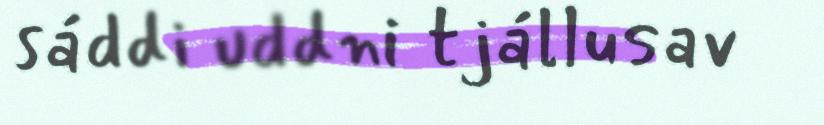
sáddi uddni tjállusav